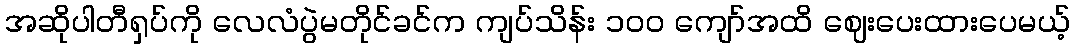
အဆိုပါတီရှပ်ကို လေလံပွဲမတိုင်ခင်က ကျပ်သိန်း ၁၀၀ ကျော်အထိ ဈေးပေးထားပေမယ့်